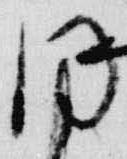
同